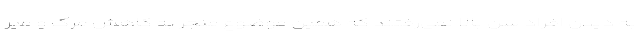
به دیدن افراد سن بالا نمی‌رفتند که همین موضوع منجر به کاهش مرگ و میر